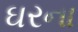
ઘરના